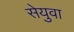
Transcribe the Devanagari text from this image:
सेयुवा